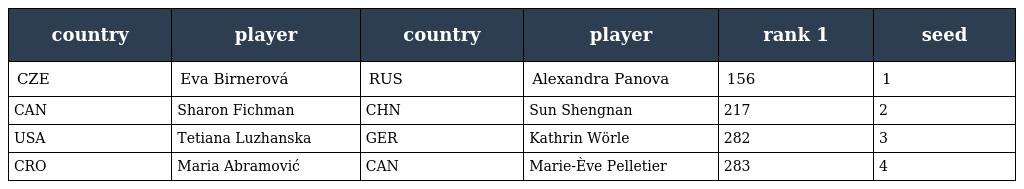
| country | player | country | player | rank 1 | seed |
 | --- | --- | --- | --- | --- | --- |
 | CZE | Eva Birnerová | RUS | Alexandra Panova | 156 | 1 |
 | CAN | Sharon Fichman | CHN | Sun Shengnan | 217 | 2 |
 | USA | Tetiana Luzhanska | GER | Kathrin Wörle | 282 | 3 |
 | CRO | Maria Abramović | CAN | Marie-Ève Pelletier | 283 | 4 |